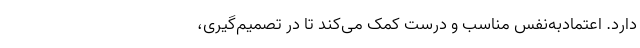
دارد. اعتماد‌‌‌به‌‌نفس مناسب و درست کمک می‌کند تا در تصمیم‌گیری‌،